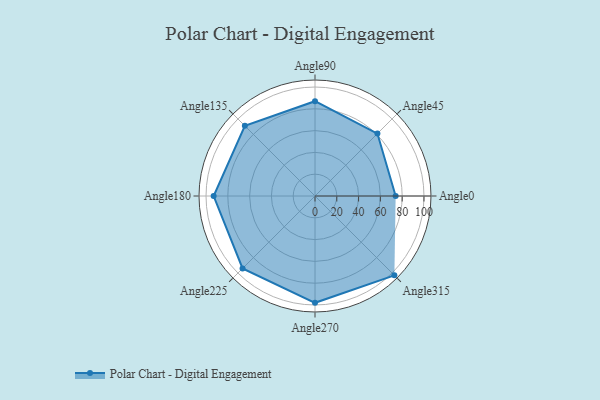
{"axis": {"x": "Angle", "y": "Radius"}, "legend": [""], "data": [{"x": "Angle0", "y": 74.0, "type": ""}, {"x": "Angle45", "y": 81.0, "type": ""}, {"x": "Angle90", "y": 87.0, "type": ""}, {"x": "Angle135", "y": 91.0, "type": ""}, {"x": "Angle180", "y": 93.0, "type": ""}, {"x": "Angle225", "y": 94.0, "type": ""}, {"x": "Angle270", "y": 98.0, "type": ""}, {"x": "Angle315", "y": 103.0, "type": ""}]}